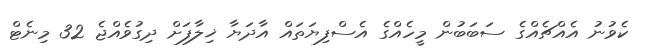
ކެވުނު އެއްޗެއްގެ ސަބަބުން މީހެއްގެ އެސްފިޔަތައް އާދަޔާ ޚިލާފަށް ދިގުވެއްޖެ 32 މިނެޓް